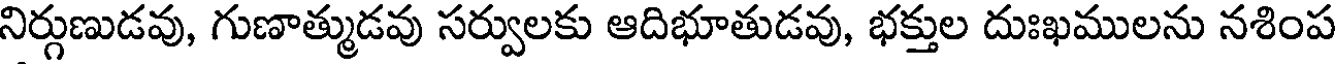
నిర్గుణుడవు, గుణాత్ముడవు సర్వులకు ఆదిభూతుడవు, భక్తుల దుఃఖములను నశింప